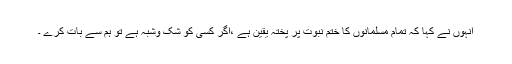
انہوں نے کہا کہ تمام مسلمانوں کا ختم نبوت پر پختہ یقین ہے ،اگر کسی کو شک وشبہ ہے تو ہم سے بات کرے ۔